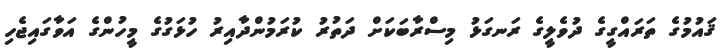
ޤައުމުގެ ތަރައްގީގެ ދުވެލީގެ ރަނގަޅު މިސްރާބަކަށް ދަތުރު ކުރަމުންދާއިރު ހުޅަގުގެ މީހުންގެ އަވާގައިޖެހި